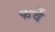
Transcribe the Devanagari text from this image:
कर्वेे